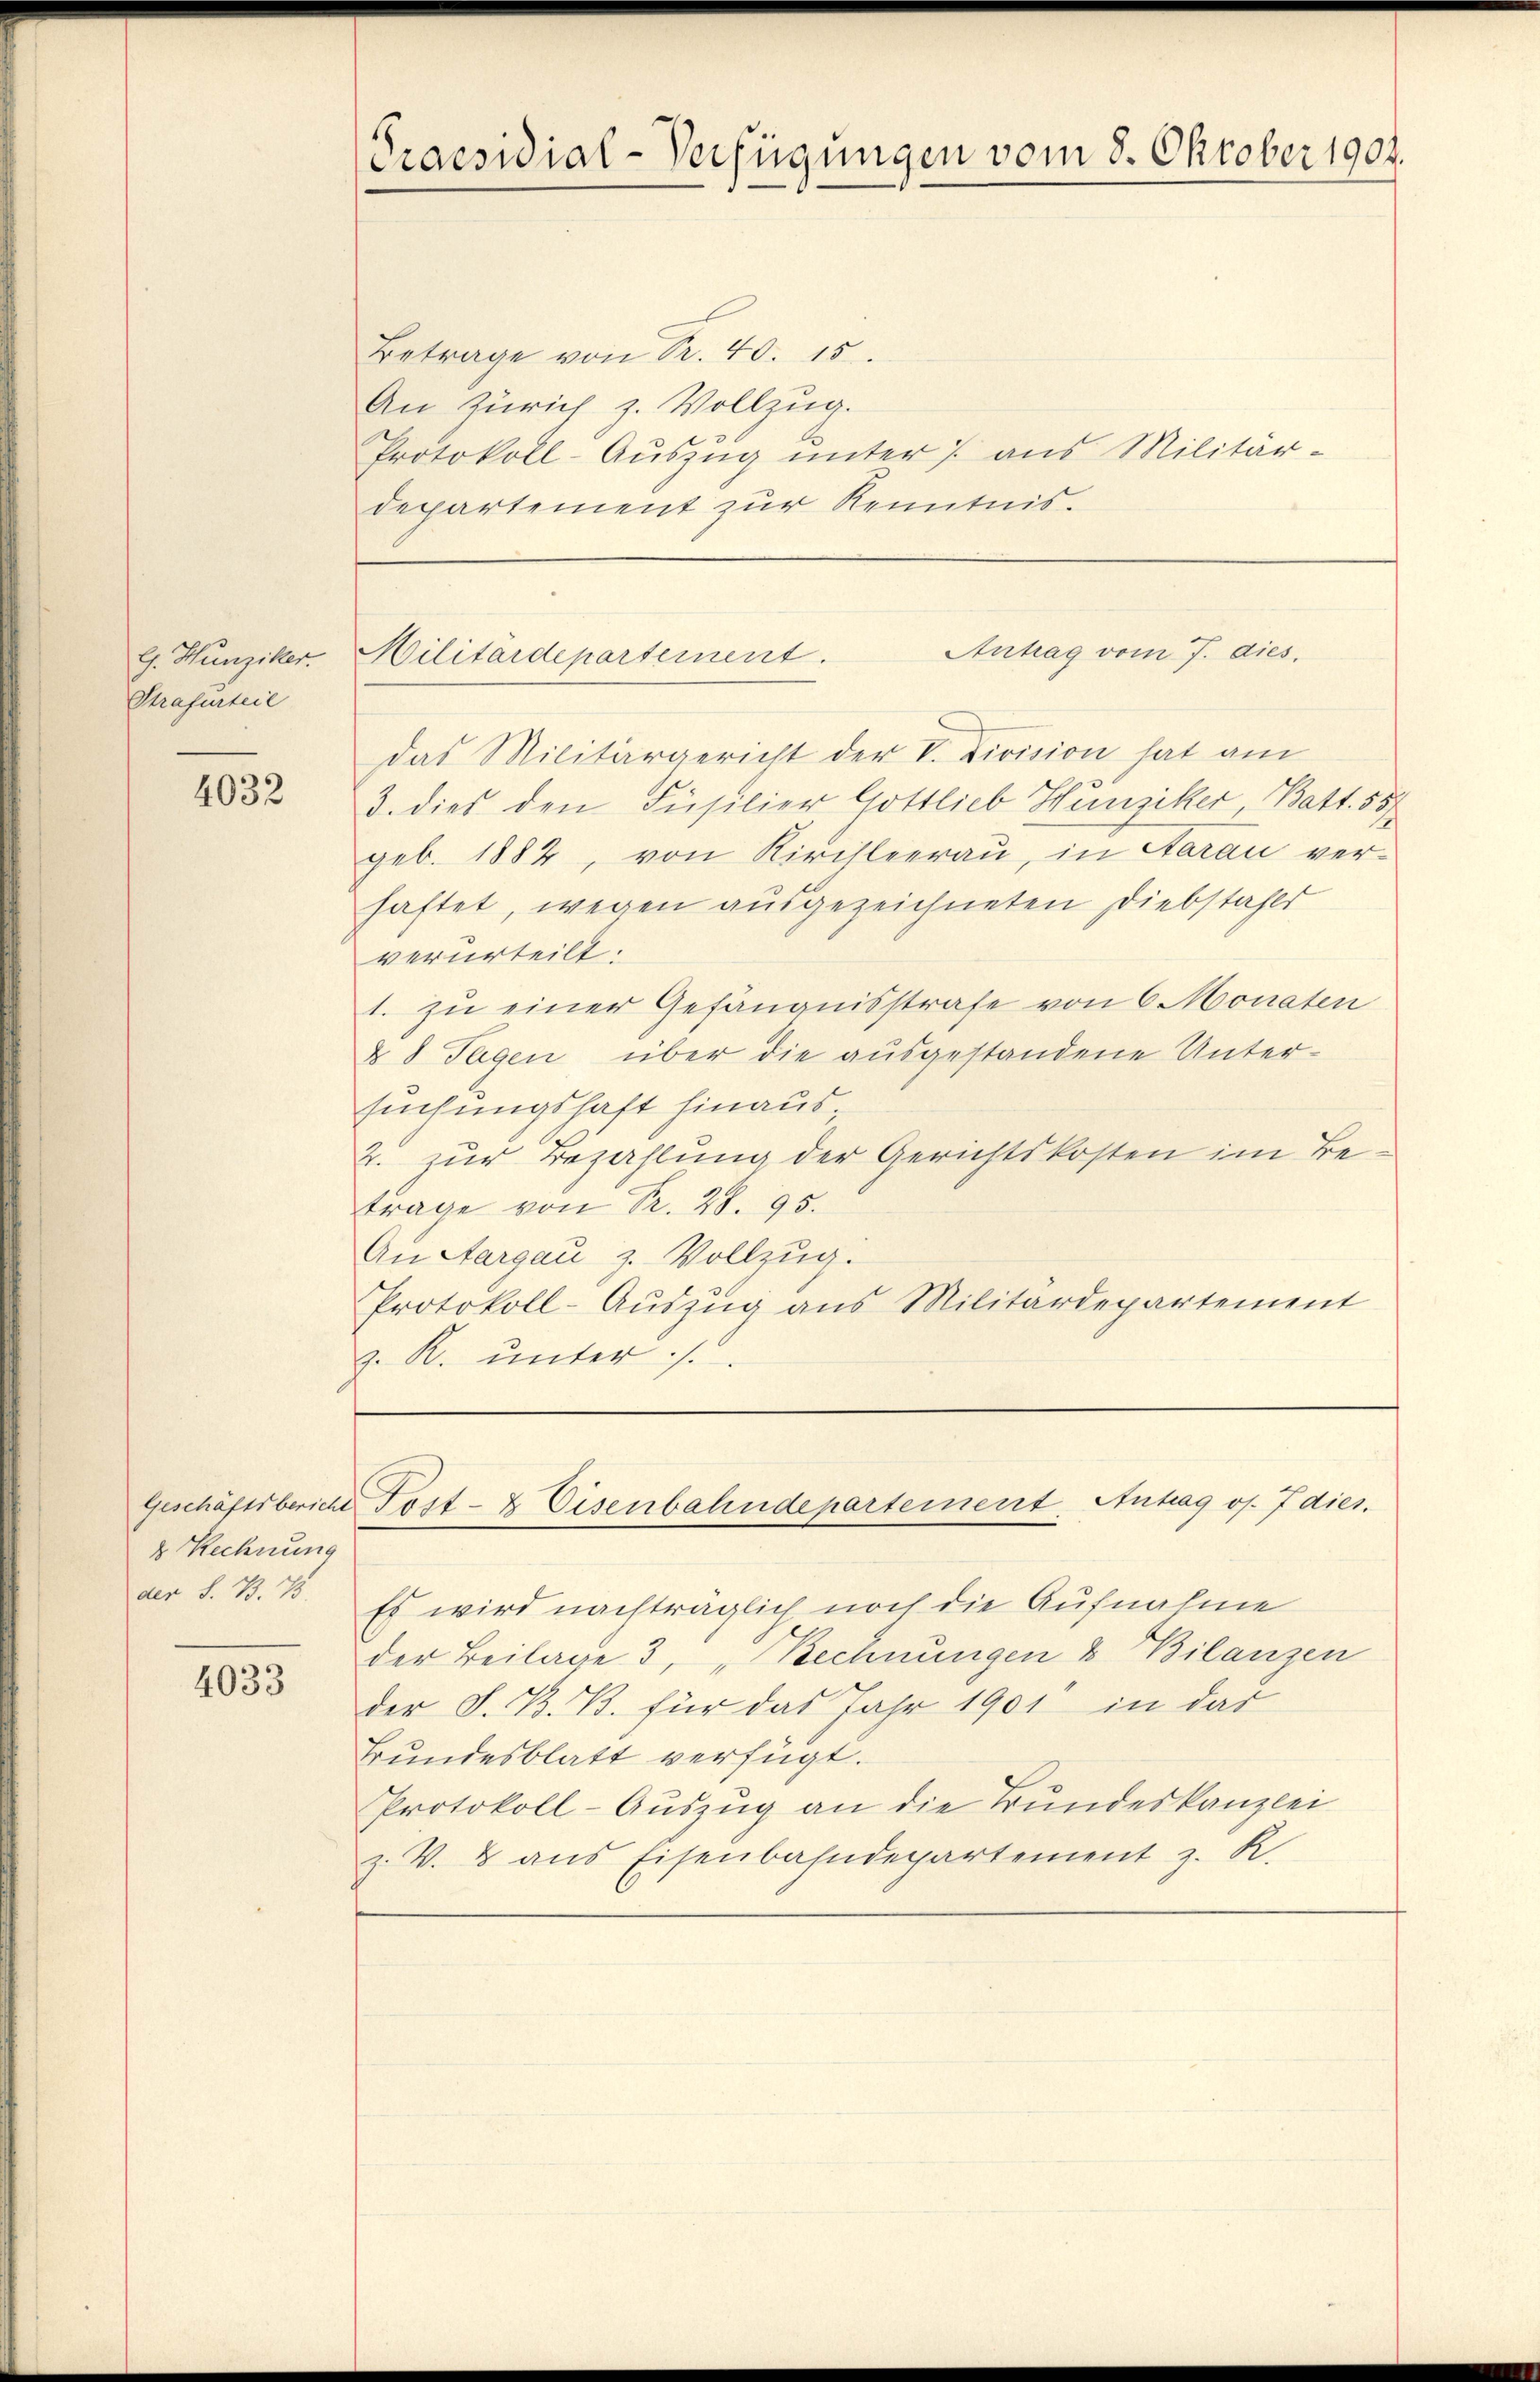
G. Hunziker.
Strafurteie

4032

8 Rechnung
der S. B. 75

4033

Praesidial-Verfügungen vom 8. Oktober 1904.

Betrage von Nr. 40. 15.
An Zürich z. Vollzug.
Protokoll-Aŭszŭg ŭnter /: aus Militär-
departement zur Kenntnis.

Antrag vom 7. dies
Militärdepartement

Das Militärgericht der V. Division hat am
3. dies den Füsilier Gottlieb Hunziker Batt. 55
geb. 1884, von Kirchleerau, in Aarau verhaftet, wegen ausgezeichneten Diebstahlr
verurteilt:
1. zu einer Gefängnisstrafe von 6 Monaten
§ 8 Tagen über die ausgestandene Unter-
suchungshaft hinaus,
2. zur Bezahlung der Gerichtskosten im Betrage von Nr. 28. 95.
An Aargau z. Vollzug.
Protokoll-Auszug aus Militärdepartement
z. R. unter

Geschäftsbericht Post- & Eisenbahndepartement. Antrag oj. 7 dies.

Es wird nachträglich noch die Aufnahme
der Beilage 3, „Rechnungen & Bilanzen
der S. B. B. für das Jahr 1901 in dar
Bundesblatt verfügt.
Protokoll-Auszug an die Bundeskanzlei
z. V. B. aus Eisenbahndepartement z. R.